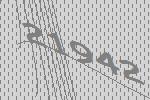
21942